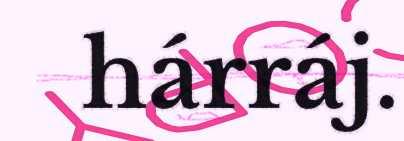
hárráj.